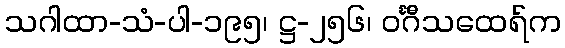
သဂါထာ-သံ-ပါ-၁၉၅၊ ဋ္ဌ-၂၅၆၊ ဝင်္ဂီသထေရ်က